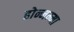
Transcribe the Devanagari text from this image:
होन्नम्मा